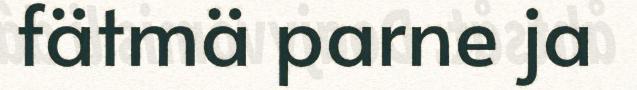
fätmä parne ja